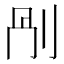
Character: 𠛰